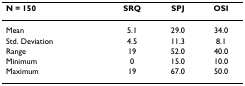
| N = 150 | SRQ | SPJ | OSI |
 | --- | --- | --- | --- |
 | Mean | 5.1 | 29.0 | 34.0 |
 | Std. Deviation | 4.5 | 11.3 | 8.1 |
 | Range | 19 | 52.0 | 40.0 |
 | Minimum | 0 | 15.0 | 10.0 |
 | Maximum | 19 | 67.0 | 50.0 |